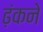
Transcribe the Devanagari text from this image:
ढ़ंकने